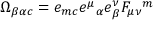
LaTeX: \Omega _ { \beta \alpha c } = e _ { m c } e ^ { \mu } { } _ { \alpha } e _ { \beta } ^ { \nu } F _ { \mu \nu } { } ^ { m }